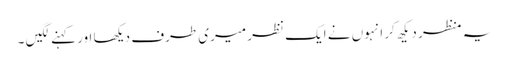
یہ منظر دیکھ کر انہوں نے ایک نظر میری طرف دیکھا اور کہنے لگیں ۔